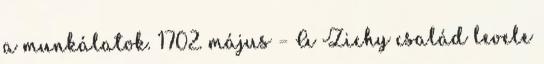
a munkálatok. 1702. május – A Zichy család levele